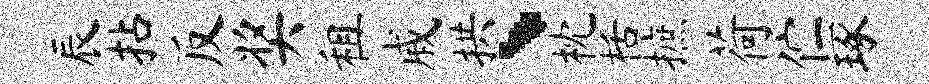
辰拈反奖租戚拱、枕栝摭荷伫琢